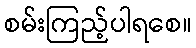
စမ်းကြည့်ပါရစေ။